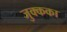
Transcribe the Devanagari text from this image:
जुक्कका